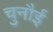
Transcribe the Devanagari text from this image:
चुनौई